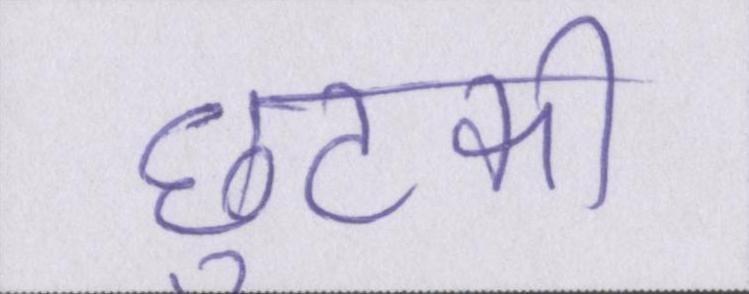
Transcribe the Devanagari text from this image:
छुटकी